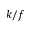
k / f